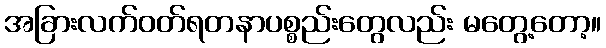
အခြားလက်ဝတ်ရတနာပစ္စည်းတွေလည်း မတွေ့တော့။